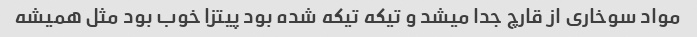
مواد سوخاری از قارچ جدا میشد و تیکه تیکه شده بود پیتزا خوب بود مثل همیشه